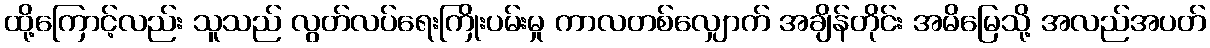
ထို့ကြောင့်လည်း သူသည် လွတ်လပ်ရေးကြိုးပမ်းမှု ကာလတစ်လျှောက် အချိန်တိုင်း အမိမြေသို့ အလည်အပတ်